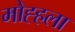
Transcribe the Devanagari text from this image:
मोह्हला